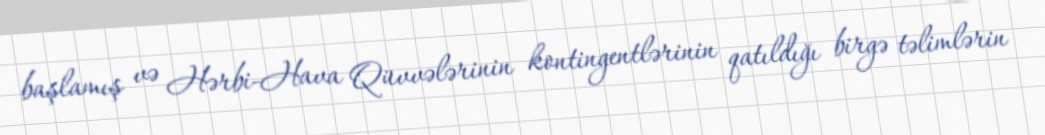
başlamış və Hərbi-Hava Qüvvələrinin kontingentlərinin qatıldığı birgə təlimlərin